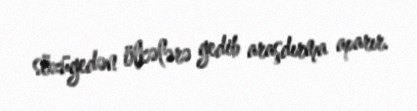
sözügedən ölkələrə gedib araşdırma aparır.